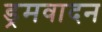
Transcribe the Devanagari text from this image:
ड्रमवादन